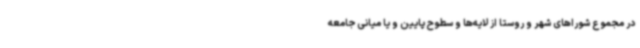
در مجموع شوراهای شهر و روستا از لایه‌ها و سطوح پایین و یا میانی جامعه